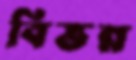
বিভন্ন